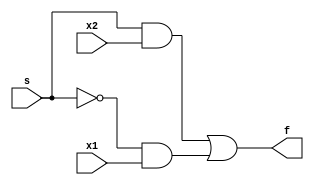
module Multiplexor (
	input x1 ,
	input x2 ,
	input s,
	output f
);
	assign f = (s & x2) | ((~ s) & x1);
endmodule